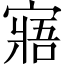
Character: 寤